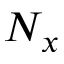
N _ { x }